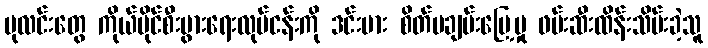
ပုလင်းတွေ ကိုယ်ပိုင်စီးပွားရေးလုပ်ငန်းကို ဒင်းဗား စိတ်မချမ်းမြေ့မှု ဖမ်းဆီးထိန်းသိမ်းခဲ့သူ